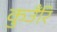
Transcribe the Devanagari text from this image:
कुउँरि